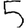
Digit: 5